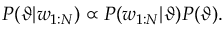
P ( \vartheta | w _ { 1 : N } ) \propto P ( w _ { 1 : N } | \vartheta ) P ( \vartheta ) .